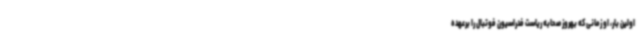
اولین بار، او زمانی که بهروز صحابه ریاست فدراسیون فوتبال را برعهده